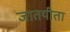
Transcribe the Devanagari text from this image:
जातयीता